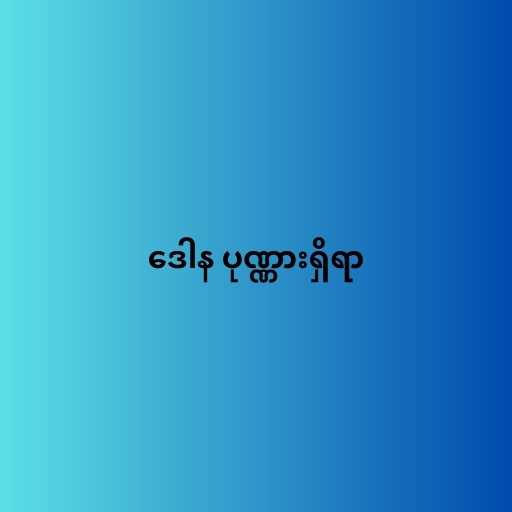
ဒေါန ပုဏ္ဏားရှိရာ